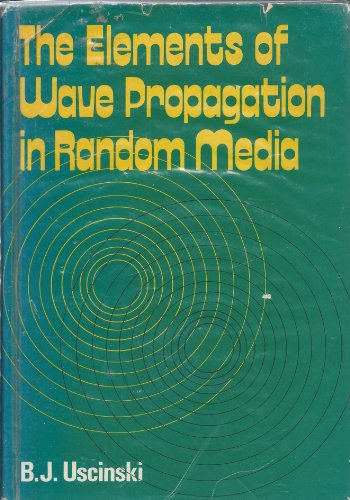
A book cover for Elements of Wave Propagation in Random Media; B.J. Uscinski; Science & Math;